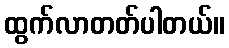
ထွက်လာတတ်ပါတယ်။